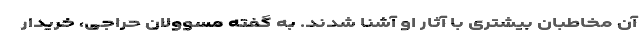
آن مخاطبان بیشتری با آثار او آشنا شدند. به گفته مسوولان حراجی، خریدار